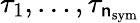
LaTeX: \tau_{1},\dots,\tau_{\mathsf{n}_{\mathrm{{sym}}}}